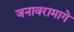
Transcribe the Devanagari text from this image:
जनावरामागे